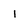
Character: l